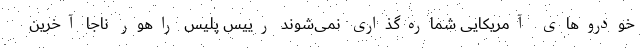
خودروهای آمریکایی شماره‌گذاری نمی‌شوند رییس پلیس راهور ناجا آخرین